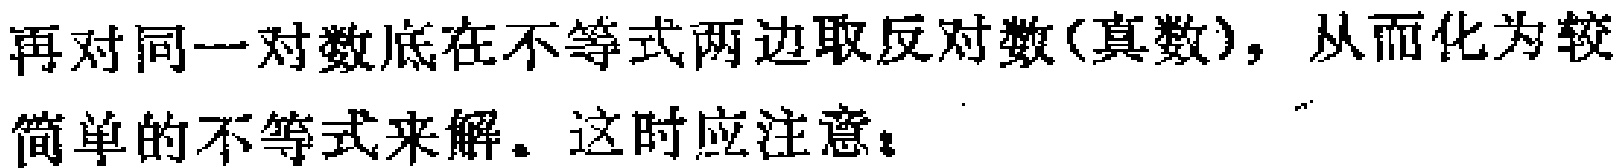
再对同一对数底在不等式两边取反对数(真数)，从而化为较简单的不等式来解。这时应注意：